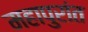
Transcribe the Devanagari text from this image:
महापुरांत